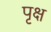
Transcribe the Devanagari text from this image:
पृक्ष